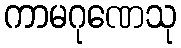
ကာမဂုဏေသု